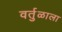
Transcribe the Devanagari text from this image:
वर्तुळाला